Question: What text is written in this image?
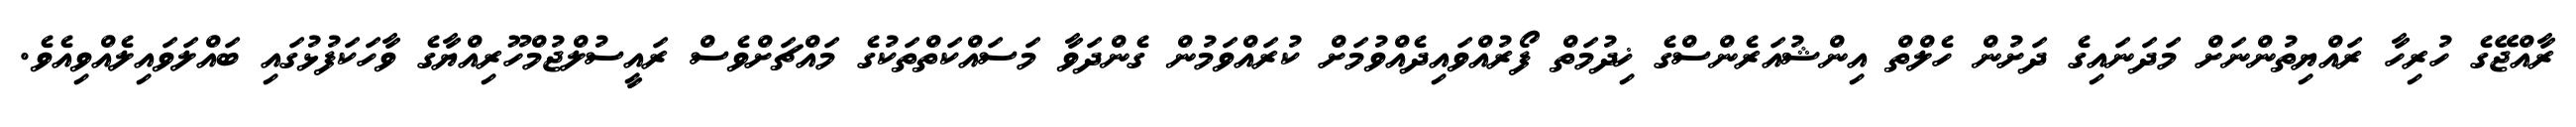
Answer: ރާއްޖޭގެ ހުރިހާ ރައްޔިތުންނަށް މަދަނައިގެ ދަށުން ހެލްތް އިންޝުއަރެންސްގެ ޚިދުމަތް ފޯރުއްވައިދެއްވުމަށް ކުރައްވަމުން ގެންދަވާ މަސައްކަތްތަކުގެ މައްޗަށްވެސް ރައީސުލްޖުމްހޫރިއްޔާގެ ވާހަކަފުޅުގައި ބައްލަވައިލެއްވިއެވެ.